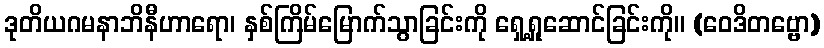
ဒုတိယဂမနာဘိနီဟာရော၊ နှစ်ကြိမ်မြောက်သွာခြင်းကို ရှေ့ရှုဆောင်ခြင်းကို။ (ဝေဒိတဗ္ဗော)